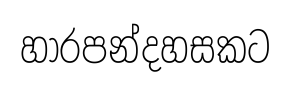
හාරපන්දහසකට